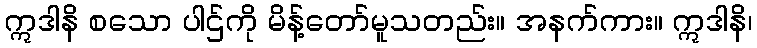
ဣဒါနိ စသော ပါဌ်ကို မိန့်တော်မူသတည်း။ အနက်ကား။ ဣဒါနိ၊